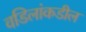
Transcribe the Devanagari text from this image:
वडिलांकडील